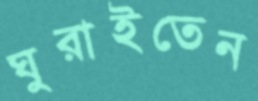
ঘুরাইতেন